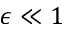
\epsilon \ll 1